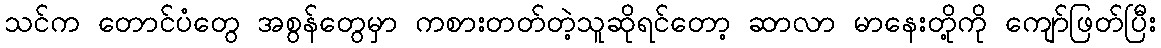
သင်က တောင်ပံတွေ အစွန်တွေမှာ ကစားတတ်တဲ့သူဆိုရင်တော့ ဆာလာ မာနေးတို့ကို ကျော်ဖြတ်ပြီး